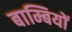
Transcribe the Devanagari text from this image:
बाम्बियों